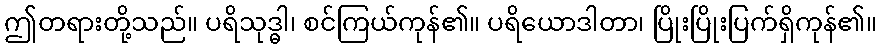
ဤတရားတို့သည်။ ပရိသုဒ္ဓါ၊ စင်ကြယ်ကုန်၏။ ပရိယောဒါတာ၊ ပြိုးပြိုးပြက်ရှိကုန်၏။